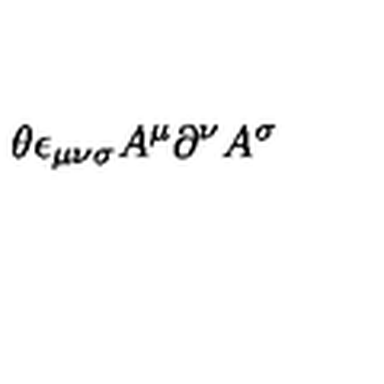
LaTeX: \theta \epsilon _ { \mu \nu \sigma } A ^ { \mu } \partial ^ { \nu } A ^ { \sigma }